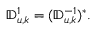
\begin{array} { r } { \mathbb { D } _ { u , k } ^ { 1 } = ( \mathbb { D } _ { u , k } ^ { - 1 } ) ^ { * } . } \end{array}